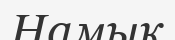
Намык